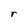
Character: r